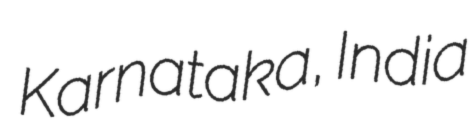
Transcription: Karnataka, India